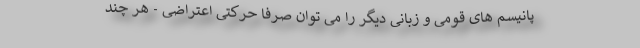
پانیسم های قومی و زبانی دیگر را می توان صرفاً حرکتی اعتراضی - هر چند